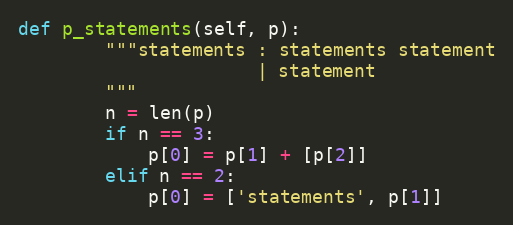
Language: Python
def p_statements(self, p):
        """statements : statements statement
                      | statement
        """
        n = len(p)
        if n == 3:
            p[0] = p[1] + [p[2]]
        elif n == 2:
            p[0] = ['statements', p[1]]